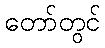
တော်တွင်